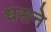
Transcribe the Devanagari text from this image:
धसने